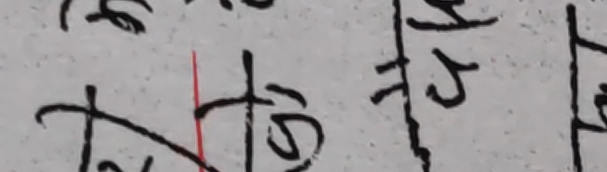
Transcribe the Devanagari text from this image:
तछभ